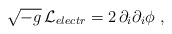
\begin{align*}\sqrt{-g}\,{\cal L}_{ electr} = 2 \, \partial_i \partial_i \phi\ ,\end{align*}